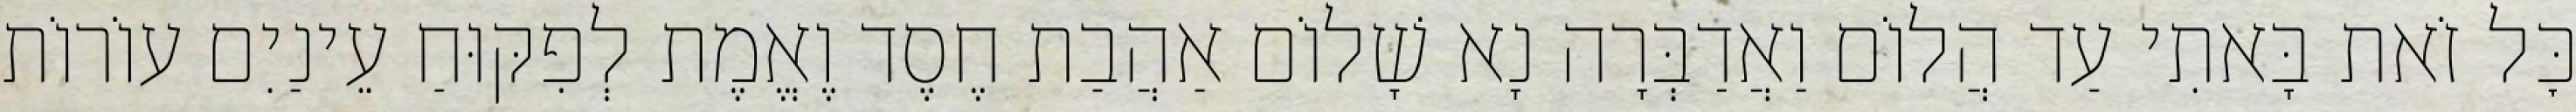
כׇּל זֹאת בָּאתִי עַד הֲלוֹם וַאֲדַבְּרָה נָא שָׁלוֹם אַהֲבַת חֶסֶד וֶאֱמֶת לְפִקּוּחַ עֵינַיִם עוֹרוֹת